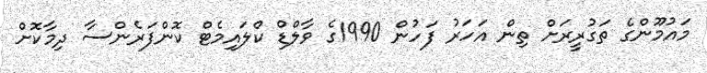
މައުމޫންގެ ތަގުރީރަށް ތިން އަހަރު ފަހުން 1990ގެ ވާލްޑް ކްލައިމެޓް ކޮންފަރެންސާ ދިމާކޮށް